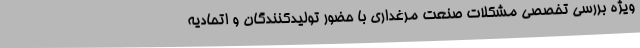
ویژه بررسی تخصصی مشکلات صنعت مرغداری با حضور تولیدکنندگان و اتحادیه